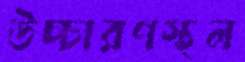
উচ্চারণস্থল